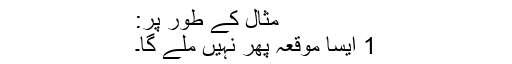
مثال کے طور پر:
1 ایسا موقعہ پھر نہیں ملے گا۔